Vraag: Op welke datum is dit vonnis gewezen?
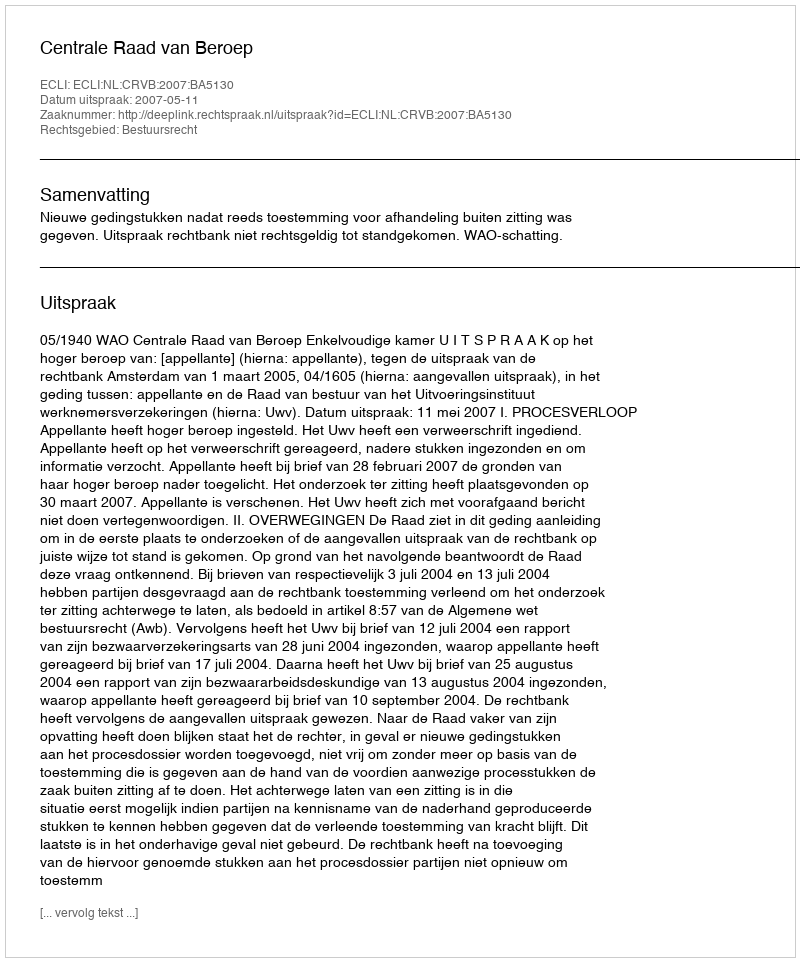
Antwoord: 2007-05-11